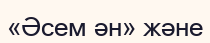
«Әсем ән» және